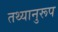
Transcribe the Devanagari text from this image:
तथ्यानुरूप